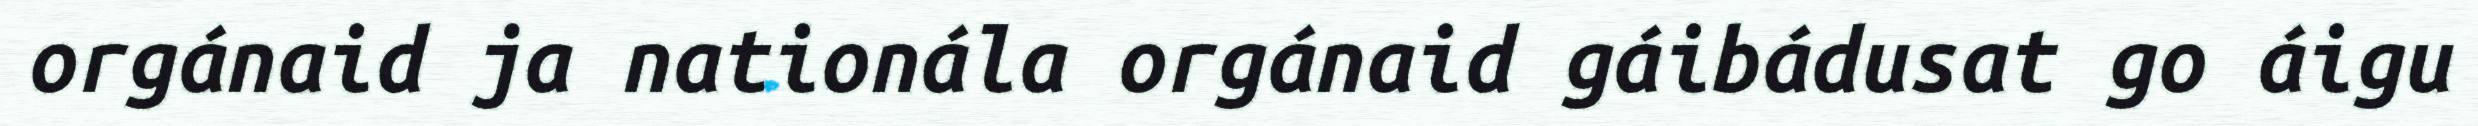
orgánaid ja nationála orgánaid gáibádusat go áigu